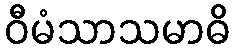
ဝီမံသာသမာဓိ